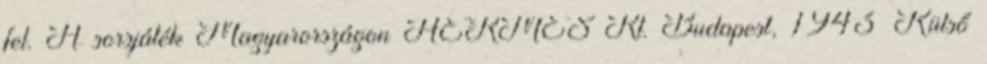
fel. A sorsjáték Magyarországon HERMES Rt. Budapest, 1943 Külső